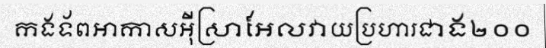
កងទ័ពអាកាសអ៊ីស្រាអែលវាយប្រហារជាង២០០